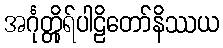
အင်္ဂုတ္တိုရ်ပါဠိတော်နိဿယ